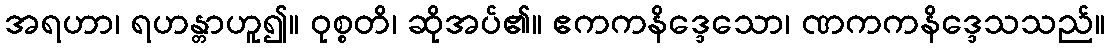
အရဟာ၊ ရဟန္တာဟူ၍။ ဝုစ္စတိ၊ ဆိုအပ်၏။ ဧကကနိဒ္ဒေသော၊ ဏကကနိဒ္ဒေသသည်။